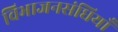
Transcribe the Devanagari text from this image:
विभाजनसंधियाँ